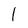
Character: 1